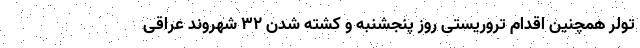
تولر همچنین اقدام تروریستی روز پنجشنبه و کشته شدن ۳۲ شهروند عراقی